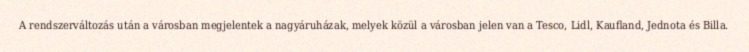
A rendszerváltozás után a városban megjelentek a nagyáruházak, melyek közül a városban jelen van a Tesco, Lidl, Kaufland, Jednota és Billa.